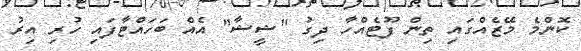
ކޮންމެ މޭޒެއްގައި ތިން ފޫޓެއްހާ ދިގު "ޝީޝާ" އެއް ބަހައްޓާފައި ހުރި އިރު